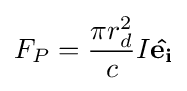
F_{P}={\frac {\pi r_{d}^{2}}{c}}I\mathbf {\hat {e_{i}}}